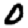
Digit: 0